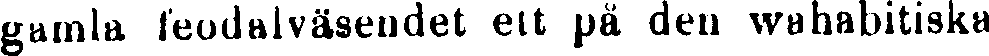
gamla feodalväsendet ett på den wahabitiska